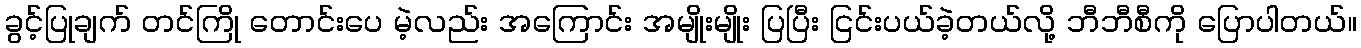
ခွင့်ပြုချက် တင်ကြို တောင်းပေ မဲ့လည်း အကြောင်း အမျိုးမျိုး ပြပြီး ငြင်းပယ်ခဲ့တယ်လို့ ဘီဘီစီကို ပြောပါတယ်။